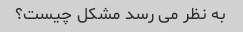
به نظر می رسد مشکل چیست؟